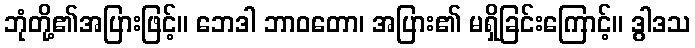
ဘုံတို့၏အပြားဖြင့်။ ဘေဒါ ဘာဝတော၊ အပြား၏ မရှိခြင်းကြောင့်။ ဒွါဒသ